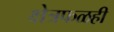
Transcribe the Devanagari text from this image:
क्षेत्रफळही